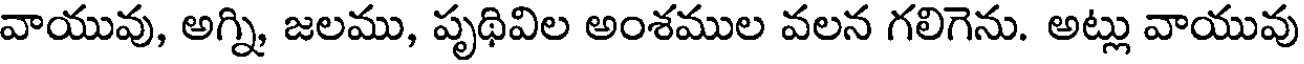
వాయువు, అగ్ని జలము, పృథివిల అంశముల వలన గలిగెను. అట్లు వాయువు